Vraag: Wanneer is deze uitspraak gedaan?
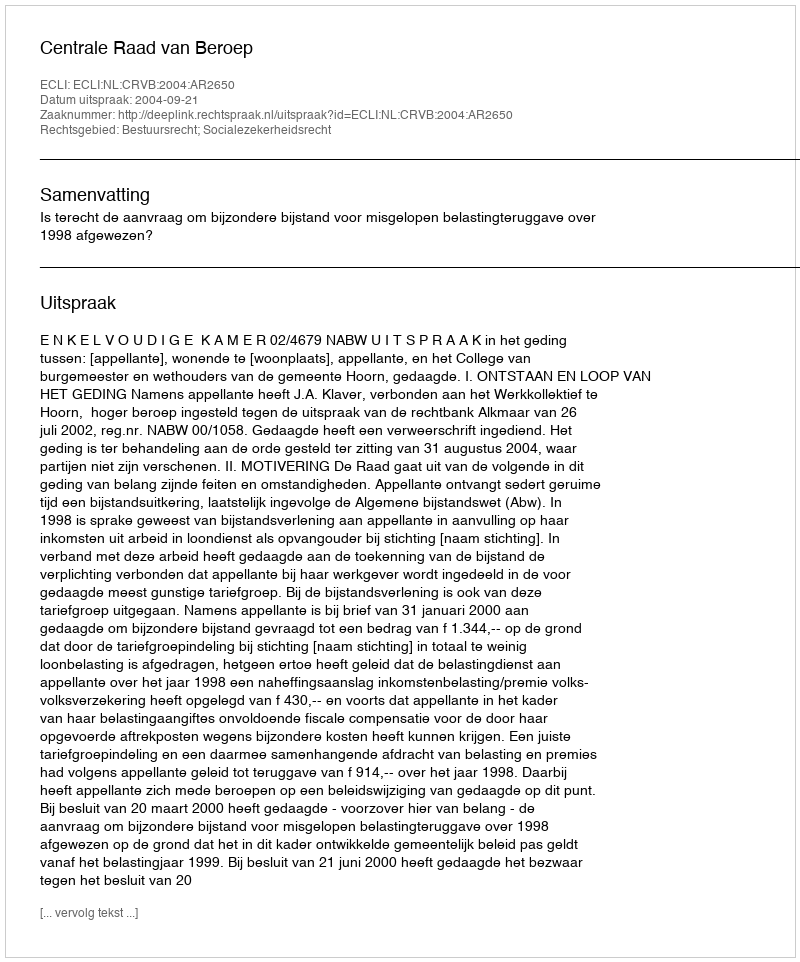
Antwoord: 2004-09-21